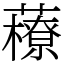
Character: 䕩